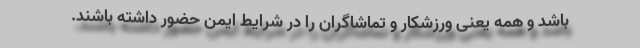
باشد و همه یعنی ورزشکار و تماشاگران را در شرایط ایمن حضور داشته باشند.